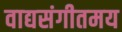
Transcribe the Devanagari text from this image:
वाद्यसंगीतमय